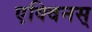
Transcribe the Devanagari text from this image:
एक्विनस्